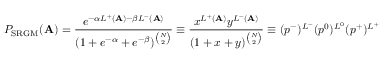
P _ { \mathrm { S R G M } } ( \mathbf { A } ) = \frac { e ^ { - \alpha L ^ { + } ( \mathbf { A } ) - \beta L ^ { - } ( \mathbf { A } ) } } { ( 1 + e ^ { - \alpha } + e ^ { - \beta } ) ^ { \binom N 2 } } \equiv \frac { x ^ { L ^ { + } ( \mathbf { A } ) } y ^ { L ^ { - } ( \mathbf { A } ) } } { ( 1 + x + y ) ^ { \binom N 2 } } \equiv ( p ^ { - } ) ^ { L ^ { - } } ( p ^ { 0 } ) ^ { L ^ { 0 } } ( p ^ { + } ) ^ { L ^ { + } }